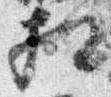
相